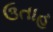
ઉતાહ